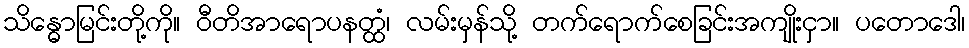
သိန္ဓောမြင်းတို့ကို။ ဝီတိအာရောပနတ္ထံ၊ လမ်းမှန်သို့ တက်ရောက်စေခြင်းအကျိုးငှာ။ ပတောဒေါ၊